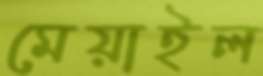
মেয়াইল